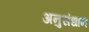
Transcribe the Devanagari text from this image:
अनुसंधान